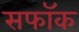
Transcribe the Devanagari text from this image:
सफॉक